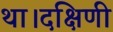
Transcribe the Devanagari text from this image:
था।दक्षिणी